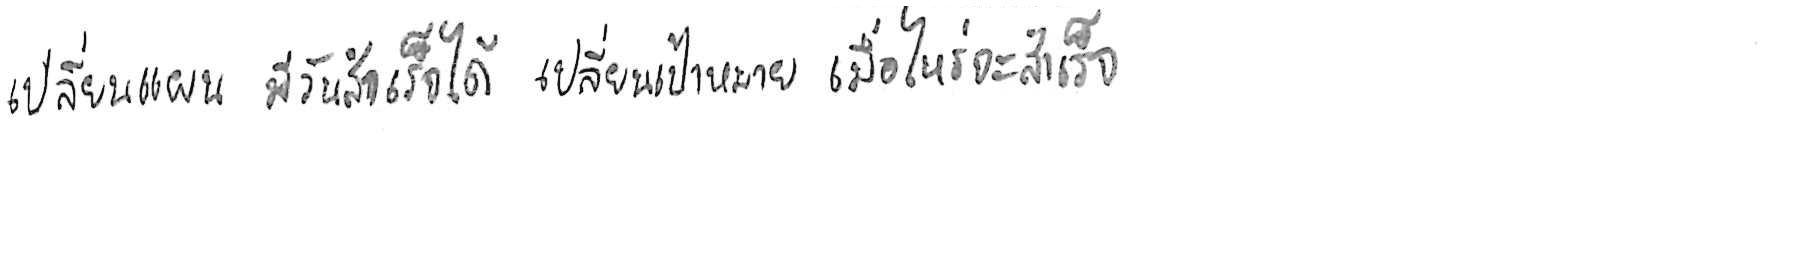
เปลี่ยนแผน มีวันสำเร็จได้ เปลี่ยนเป้าหมาย เมื่อไหร่จะสำเร็จ